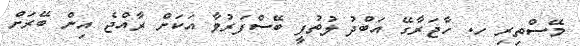
މޭސްތިރި ހ. ހާޖަރާގޭ އަބްދު ލުތުފީ ބޭސްފަރުވާ އަކަށް ރާއްޖެ އިން ބޭރަށް